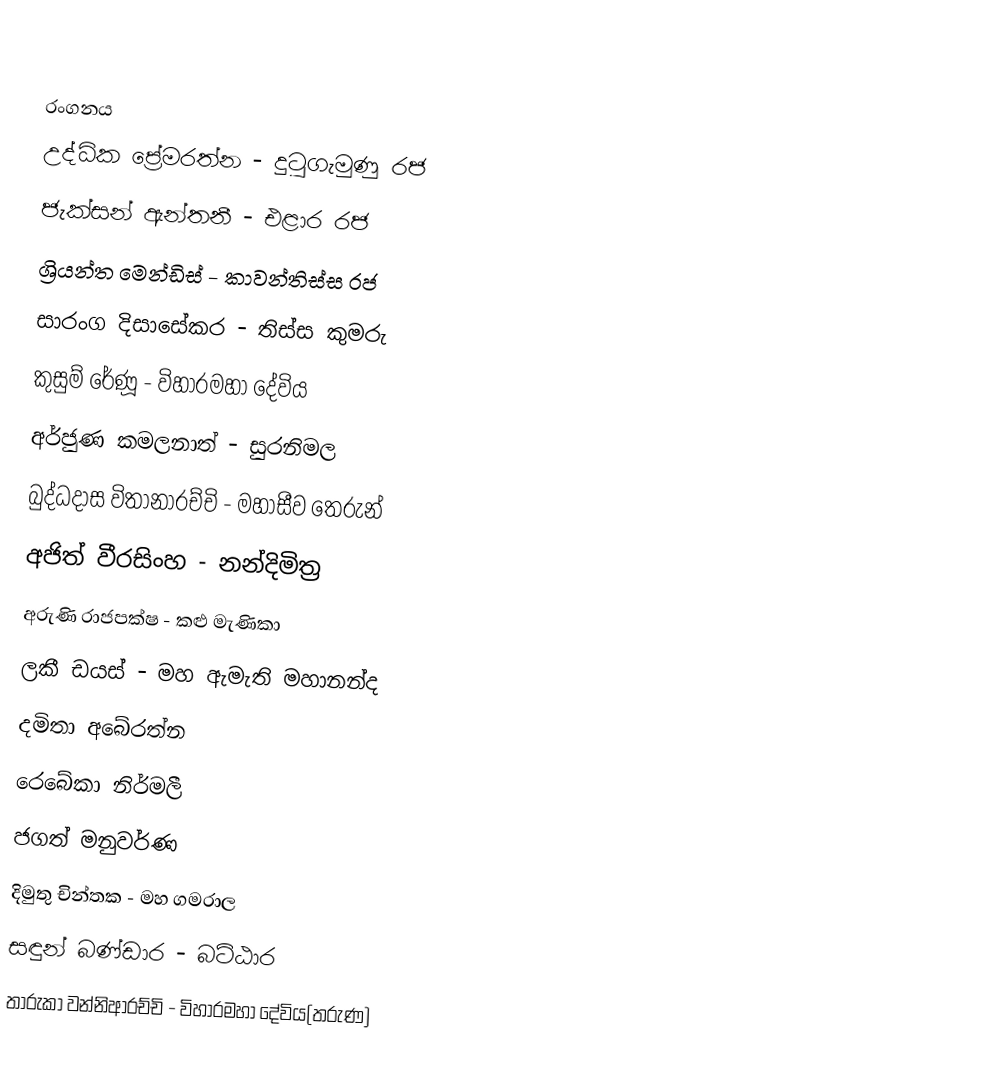

රංගනය
උද්ධික ප්‍රේමරත්න - දුටුගැමුණු රජ
ජැක්සන් ඇන්තනී - එළාර රජ
ශ්‍රියන්ත මෙන්ඩිස් - කාවන්තිස්ස රජ
සාරංග දිසාසේකර - තිස්ස කුමරු
කුසුම් රේණූ - විහාරමහා දේවිය
අර්ජුණ කමලනාත් - සුරනිමල
බුද්ධදාස විතානාරච්චි - මහාසීව තෙරුන්
අජිත් වීරසිංහ - නන්දිමිත්‍ර
අරුණි රාජපක්ෂ - කළු මැණිකා
ලකී ඩයස් - මහ ඇමැති මහානන්ද
දමිතා අබේරත්න
රෙබේකා නිර්මලී
ජගත් මනුවර්ණ
දිමුතු චින්තක - මහ ගමරාල
සඳුන් බණ්ඩාර - බට්ඨාර
තාරුකා වන්නිආරච්චි - විහාරමහා දේවිය(තරුණ)